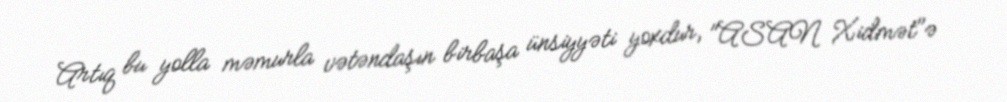
Artıq bu yolla məmurla vətəndaşın birbaşa ünsiyyəti yoxdur, "ASAN Xidmət"ə